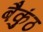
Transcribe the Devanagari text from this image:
बैकुंठ